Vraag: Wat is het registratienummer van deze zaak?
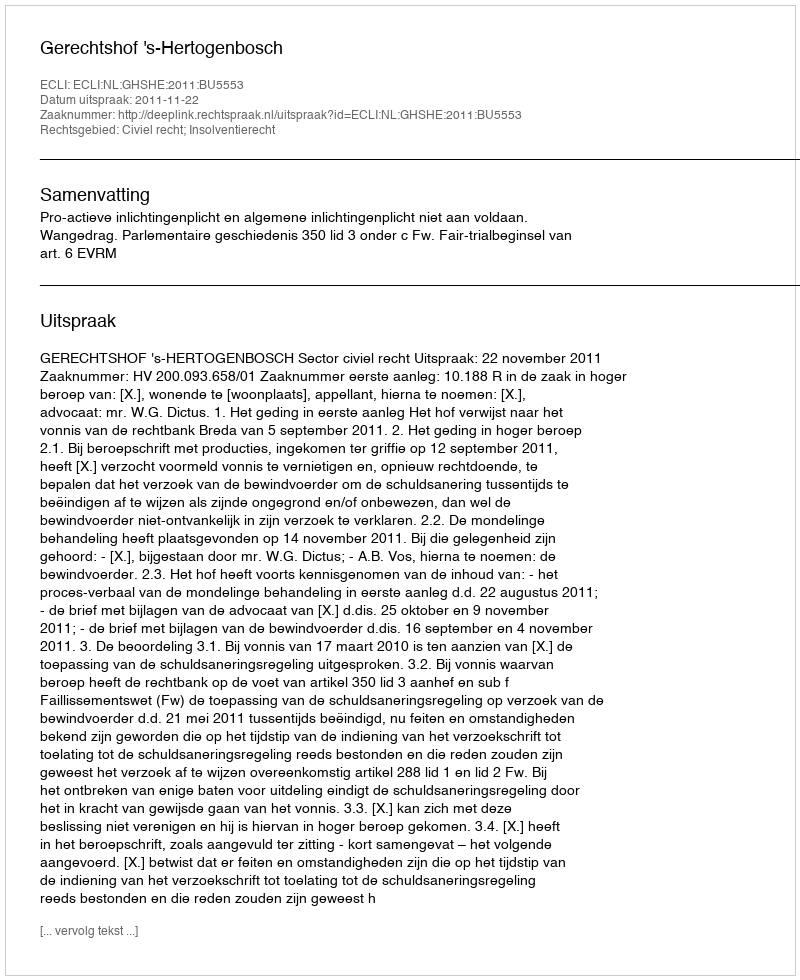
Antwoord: http://deeplink.rechtspraak.nl/uitspraak?id=ECLI:NL:GHSHE:2011:BU5553